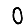
Digit: 0